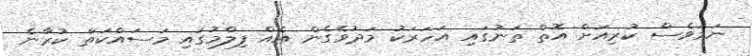
ނަމަވެސް ކުރިއަށް އޮތް ތަނުގައި އަހަރަކު މަދުވެގެން އެއް ފިލްމުގައި މަސައްކަތް ކުރާނެ